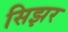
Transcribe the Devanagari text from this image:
सिझर